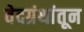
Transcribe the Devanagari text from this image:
वेदग्रंथांतून